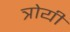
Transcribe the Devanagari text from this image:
त्रोयी